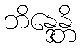
ဘိန္ဒေန္တိ